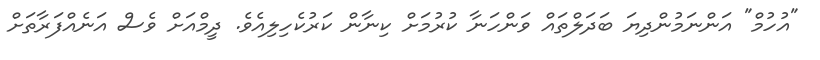
"އުހުމް" އަންނަމުންދިޔަ ބަދަލްތައް ވަންހަނާ ކުރުމަށް ކިނާން ކަރުކެހިލިއެވެ. ދީމްއަށް ވެސް އަނެއްފަރާތަށް